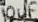
Text: 10uF